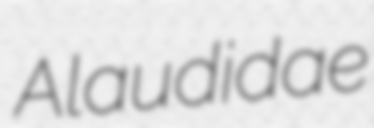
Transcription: Alaudidae